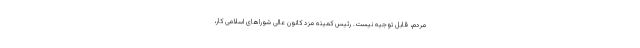
مردم، قابل توجیه نیست. رئیس کمیته مزد کانون عالی شوراهای اسلامی کار،